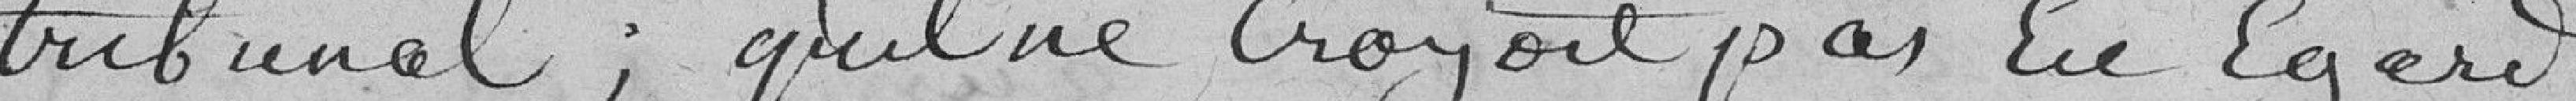
tribunal ; qu'il ne croyait pas En Egard